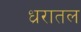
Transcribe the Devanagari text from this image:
ध्ररातल